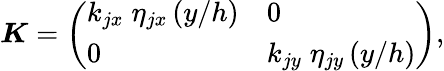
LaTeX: \begin{array}{r}{\boldsymbol{K}=\left(\begin{array}{ll}{k_{jx}\; \eta_{jx}\left({y}/{h}\right)}&{0}\\ {0}&{k_{jy}\; \eta_{jy}\left({y}/{h}\right)}\end{array}\right),}\end{array}